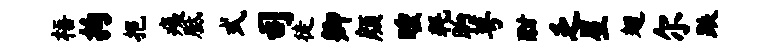
梧拘挹痍胝式司徒卿颜曛耗晌萼酣乏星翅尔跌